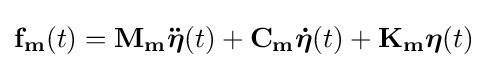
\mathbf {f_{m}} (t)=\mathbf {M_{m}{\ddot {\boldsymbol {\eta }}}} (t)+\mathbf {C_{m}} {\boldsymbol {\dot {\eta }}}(t)+\mathbf {K_{m}} {\boldsymbol {\eta }}(t)